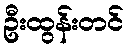
ဦးထွန်းတင်